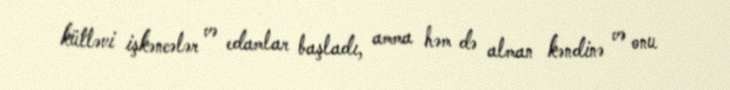
kütləvi işkəncələr və edamlar başladı, amma həm də alman kəndinə və onu